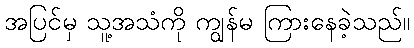
အပြင်မှ သူ့အသံကို ကျွန်မ ကြားနေခဲ့သည်။